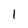
Character: 1